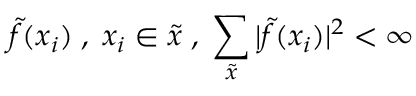
\tilde { f } ( x _ { i } ) \; , \; x _ { i } \in \tilde { x } \; , \; \sum _ { \tilde { x } } | \tilde { f } ( x _ { i } ) | ^ { 2 } < \infty